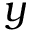
y